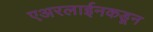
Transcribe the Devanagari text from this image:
एअरलाईनकडून